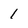
Character: 1